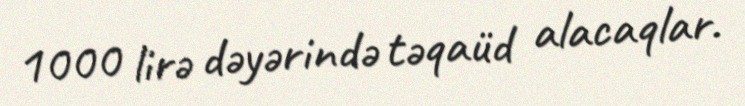
1000 lirə dəyərində təqaüd alacaqlar.